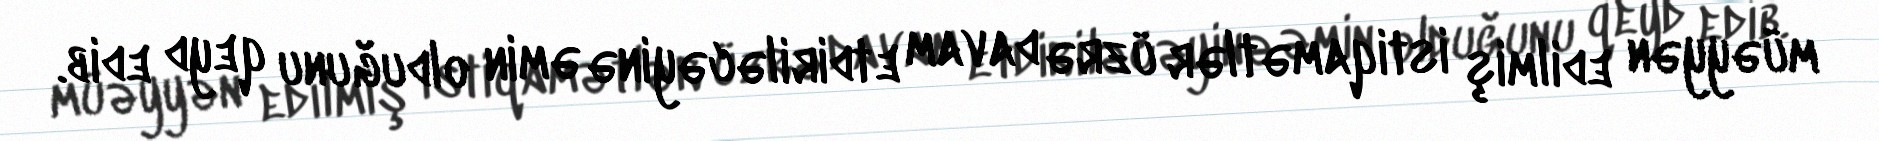
müəyyən edilmiş istiqamətlər üzrə davam etdiriləcəyinə əmin olduğunu qeyd edib.